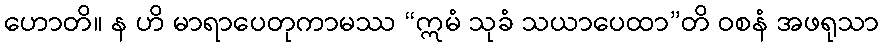
ဟောတိ။ န ဟိ မာရာပေတုကာမဿ “ဣမံ သုခံ သယာပေထာ”တိ ဝစနံ အဖရုသာ